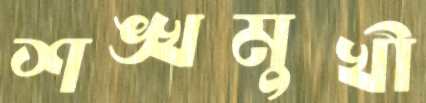
শঙ্খমুখী